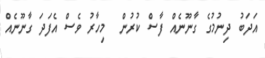
އަދަބު ދިނުމުގެ ގާނޫނެއް ފާސް ކުރުން  މިހާރު ވެސް އެފަދަ ގާނޫނެއް